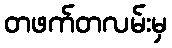
တဖက်တလမ်းမှ